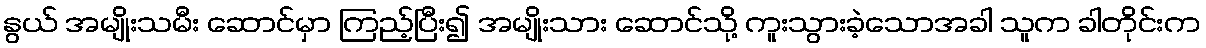
နွယ် အမျိုးသမီး ဆောင်မှာ ကြည့်ပြီး၍ အမျိုးသား ဆောင်သို့ ကူးသွားခဲ့သောအခါ သူက ခါတိုင်းက